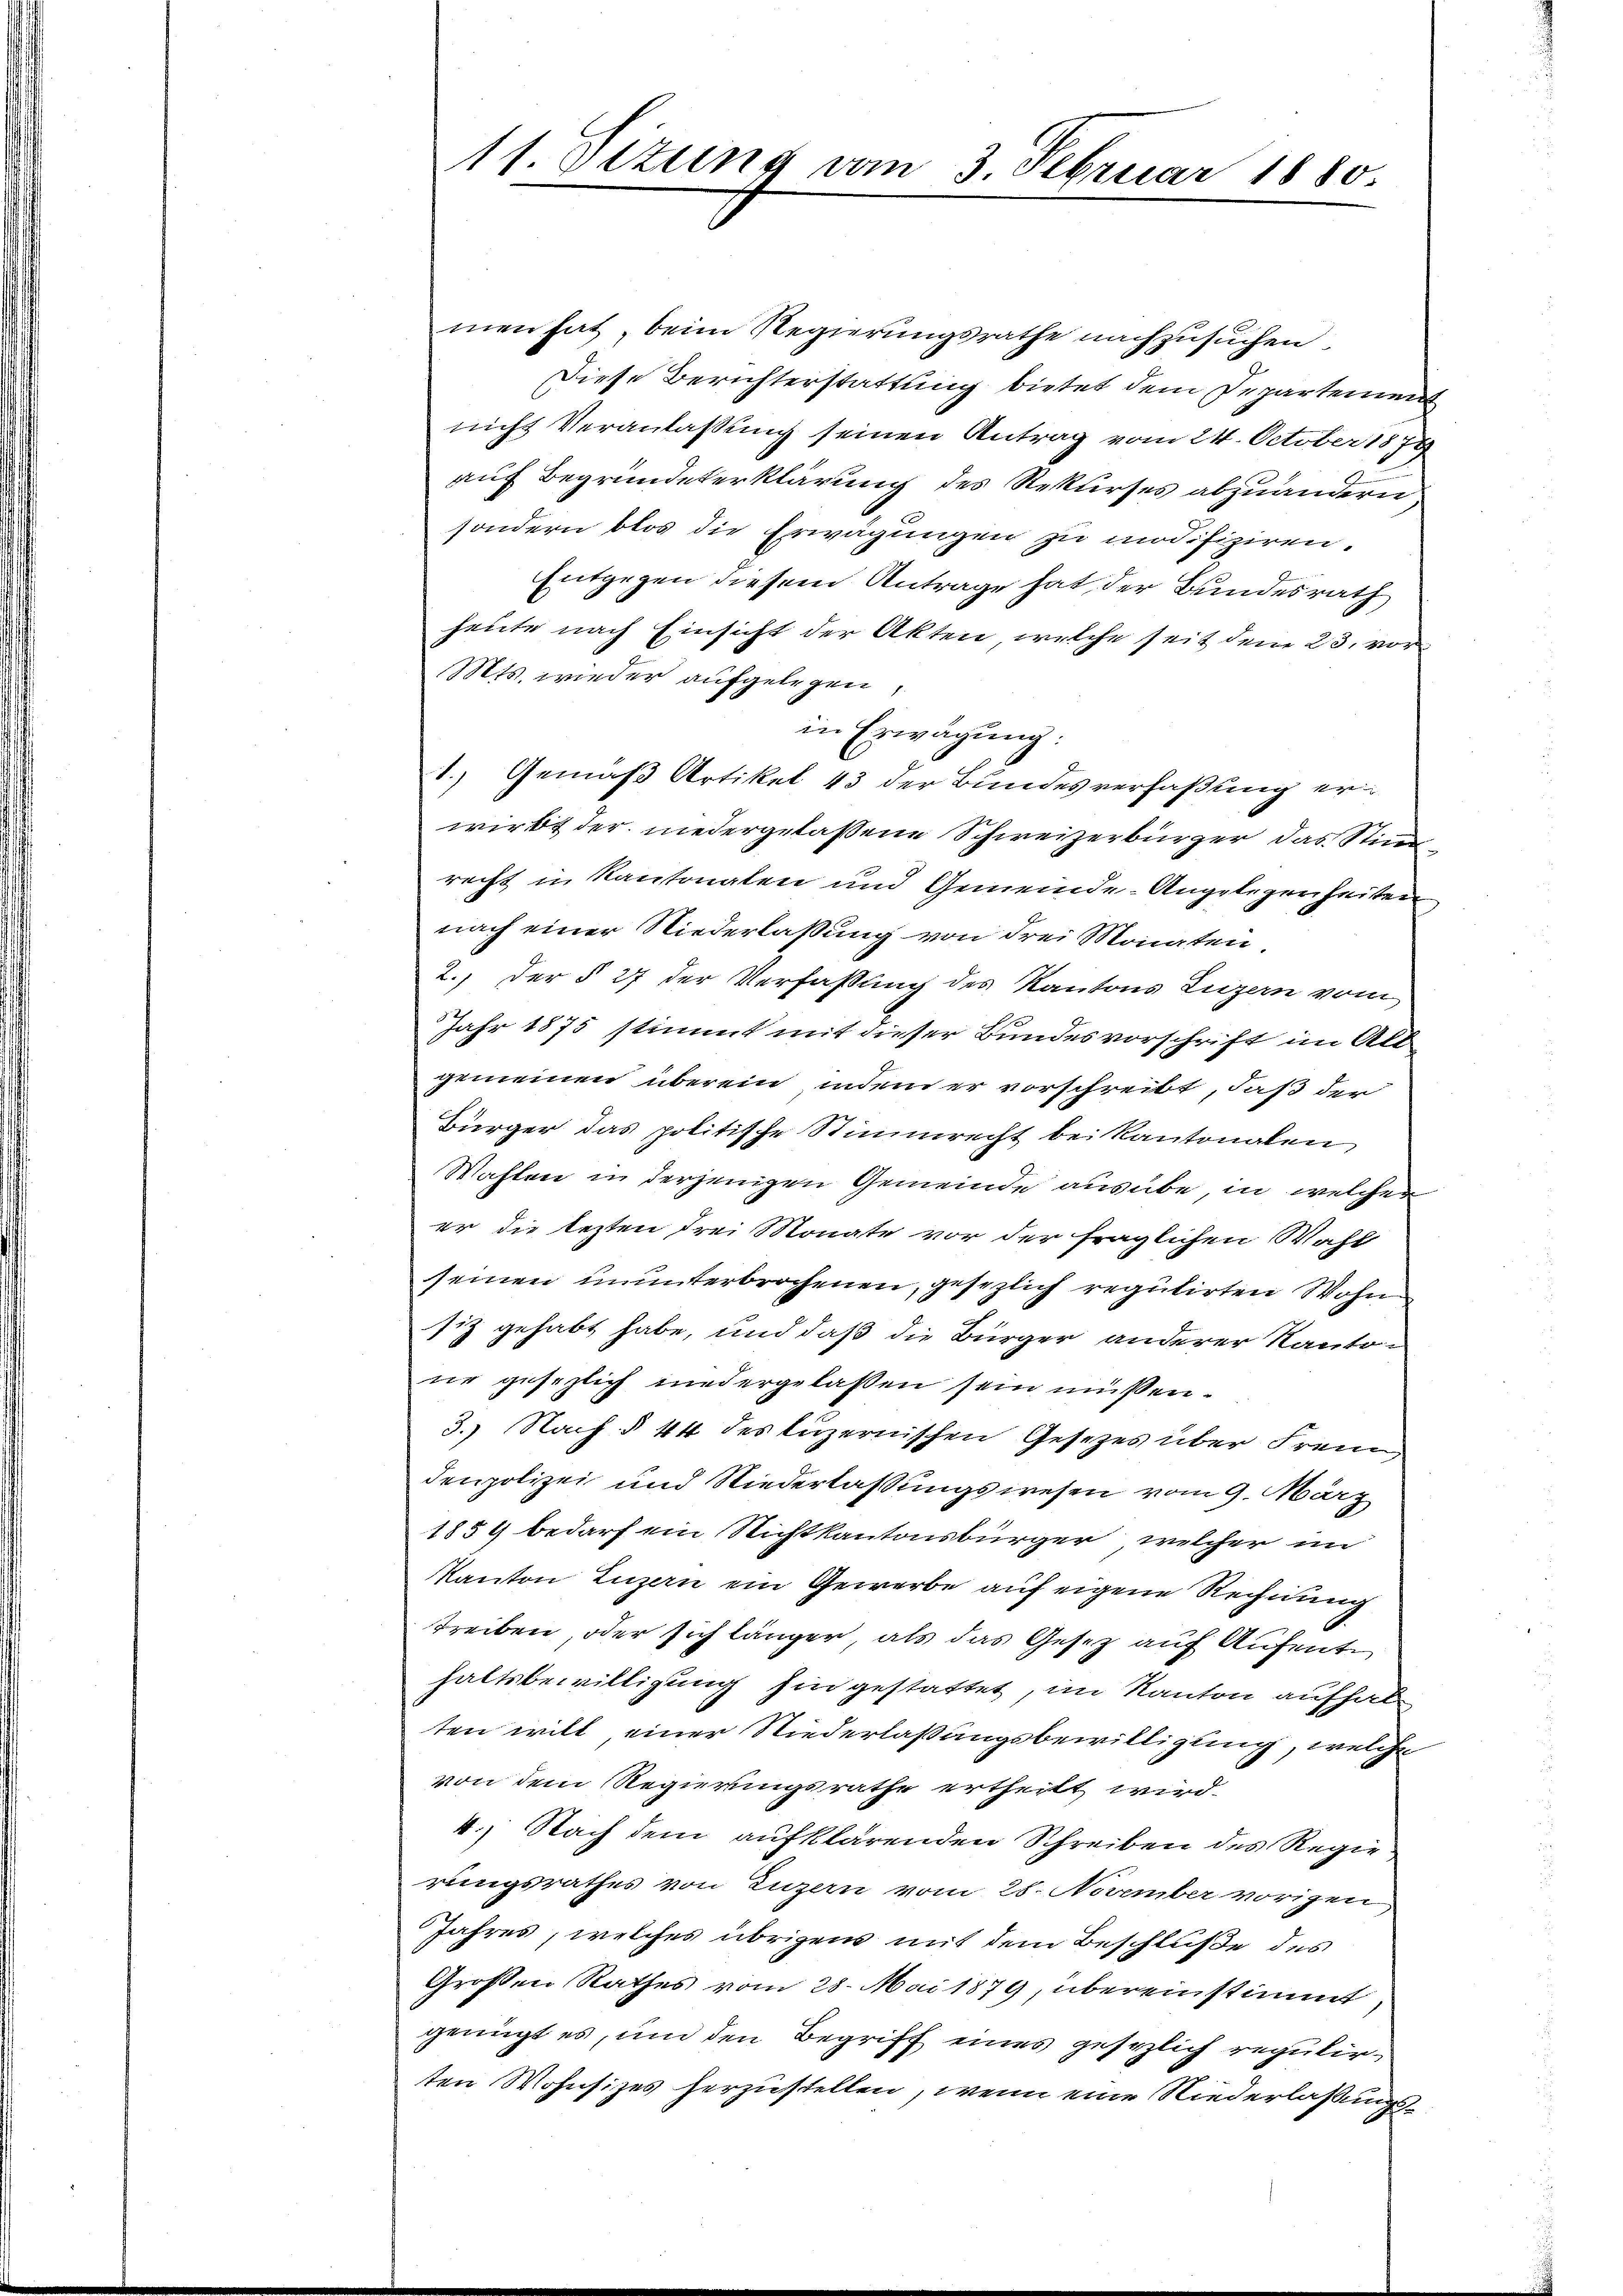
11. Etzung vom 3. Februar 1880.

men hat, beim Regierungsrathe nachzusuchen.
Diese Berichterstattung bietet dem Departement
nicht Veranlassung seinen Antrag vom 24. October 1874
auf Begründeterklärung des Rekurses abzuändern
sondern blos die Erwägungen zu modifiziren.
Entgegen diesem Antrage hat der Bundesrath
heute nach Einsicht der Akten, welche seit dem 23. vor
Mts. wieder aufgelegen,
in Erwägung:
1.) Gemäß Artikel 43 der Bundesverfaßung erwirbt der niedergelassene Schweizerbürger, das Stimm
recht in Kantonalen und Gemeinde Angelegenheiten
nach einer Niederlassung von drei Monaten,
2.) Der § 27 der Verfassung des Kantons Luzern vom
Jahr 1875 stimmt mit dieser Bundesvorschrift im Alt
gemeinen überein, indem er vorschreibt, daß der
Bürger das politische Stimmrecht bei Kantonalen,
Wahlen in derjenigen Gemeinde ausübe, in welcher
er die lezten drei Monate vor der fraglichen Wahl
seinen ununterbrochenen, gesezlich regulirten Wohn
siz gehabt habe, und daß die Bürger anderer Kantone gesezlich niedergelassen sein müßen.
3.) Nach § 44 des luzernischen Gesetzes über Frem,
denpolizei und Niederlaßungswesen vom 9. März
1859 bedarf ein Nichtkantonsbürger, welcher im
Kanton Luzern ein Gewerbe auf eigene Rechnung
treiben, oder sich länger, als das Gesetz auf Aufent
haltsbewilligung hin gestattet, im Kanton aufhalten will einer Niederlaßungsbewilligung, welche
von dem Regierungsrathe ertheilt wird.
4.) Nach dem aufklärenden Schreiben des Regie
rungsrathes von Luzern vom 28. November vorigen
Jahres, welches übrigen mit dem Beschluße des
Großen Rathes vom 28. Mai 1879, übereinstimmt,
genügt es, um den Begriff eines gesezlich regulirten Wohnsitzes herzustellen, wenn eine Niederlaßungs¬